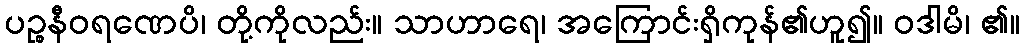
ပဉ္စနီဝရဏေပိ၊ တို့ကိုလည်း။ သာဟာရေ၊ အကြောင်းရှိကုန်၏ဟူ၍။ ဝဒါမိ၊ ၏။